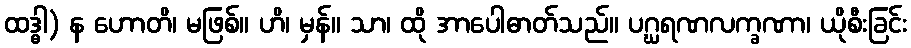
ထဒ္ဓါ) န ဟောတိ၊ မဖြစ်။ ဟိ၊ မှန်။ သာ၊ ထို အာပေါဓာတ်သည်။ ပဂ္ဃရဏလက္ခဏာ၊ ယိုစီးခြင်း